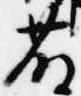
藤